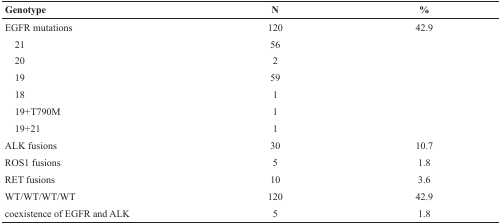
<table><thead><tr><td><b>Genotype</b></td><td><b>N</b></td><td><b>%</b></td></tr></thead><tbody><tr><td>EGFR mutations</td><td>120</td><td>42.9</td></tr><tr><td> 21</td><td>56</td><td></td></tr><tr><td> 20</td><td>2</td><td></td></tr><tr><td> 19</td><td>59</td><td></td></tr><tr><td> 18</td><td>1</td><td></td></tr><tr><td> 19+T790M</td><td>1</td><td></td></tr><tr><td> 19+21</td><td>1</td><td></td></tr><tr><td>ALK fusions</td><td>30</td><td>10.7</td></tr><tr><td>ROS1 fusions</td><td>5</td><td>1.8</td></tr><tr><td>RET fusions</td><td>10</td><td>3.6</td></tr><tr><td>WT/WT/WT/WT</td><td>120</td><td>42.9</td></tr><tr><td>coexistence of EGFR and ALK</td><td>5</td><td>1.8</td></tr></tbody></table>